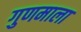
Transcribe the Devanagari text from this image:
गुणमाला